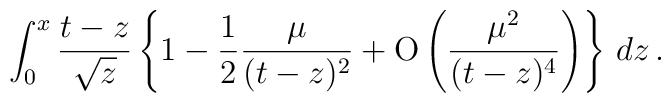
\int_0^x {t-z\over\sqrt{z}}\left\lbrace 1 - {1\over 2}{\mu\over (t-z)^2}+{\rm O}\left({\mu^2\over (t-z)^4}\right)\right\rbrace\, dz\, .